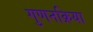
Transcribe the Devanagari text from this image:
गुणनक्रिया